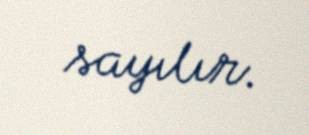
sayılır.